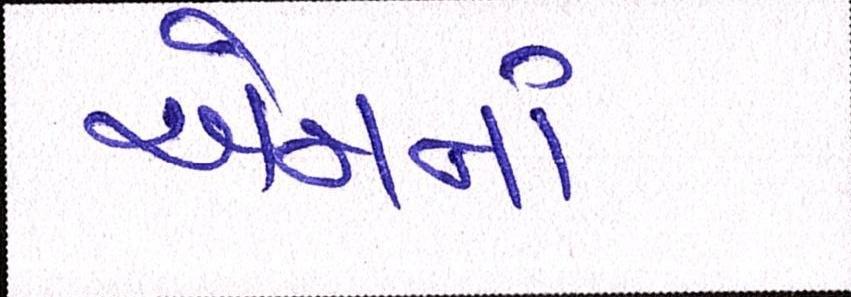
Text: એમનાં